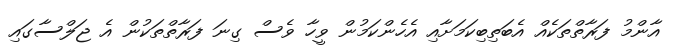
އާންމު ފަރާތްތަކެއް އެބަތިބިކަމަށާއި އެހެންކަމުން ވީހާ ވެސް ގިނަ ފަރާތްތަކުން އެ ޖަލްސާގައި